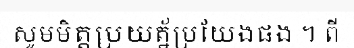
សូមមិត្តប្រយត្ន័ប្រយែងផង ។ ពី